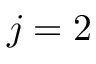
j = 2